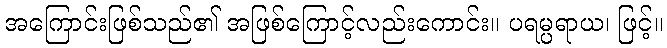
အကြောင်းဖြစ်သည်၏ အဖြစ်ကြောင့်လည်းကောင်း။ ပရမ္ပရာယ၊ ဖြင့်။